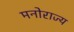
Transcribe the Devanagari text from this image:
मनोराज्य